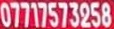
07717573258